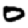
Digit: 0